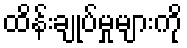
ထိန်းချုပ်မှုများကို